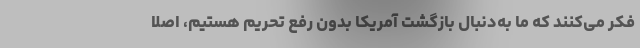
فکر می‌کنند که ما به‌دنبال بازگشت آمریکا بدون رفع تحریم هستیم، اصلاً